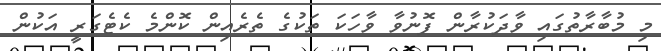
މި މުބާރާތުގައި ވާދަކުރާން ފޮނުވާ ވާހަކަ ތަކުގެ ތެރެއިން ކޮންމެ ކެޓެގަރީ އަކުން